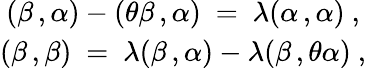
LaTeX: \begin{array}{c}{{(\beta\, ,\alpha)-(\theta\beta\, ,\alpha)~=~\lambda(\alpha\, ,\alpha)~,}}\\ {{(\beta\, ,\beta)~=~\lambda(\beta\, ,\alpha)-\lambda(\beta\, ,\theta\alpha)~,}}\end{array}